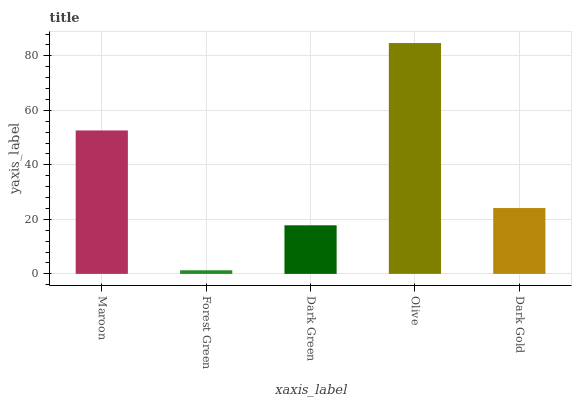
| xaxis_label | bars |
 | --- | --- |
 | Maroon | 52.6 |
 | Forest Green | 1.32 |
 | Dark Green | 17.8 |
 | Olive | 84.7 |
 | Dark Gold | 24.2 |